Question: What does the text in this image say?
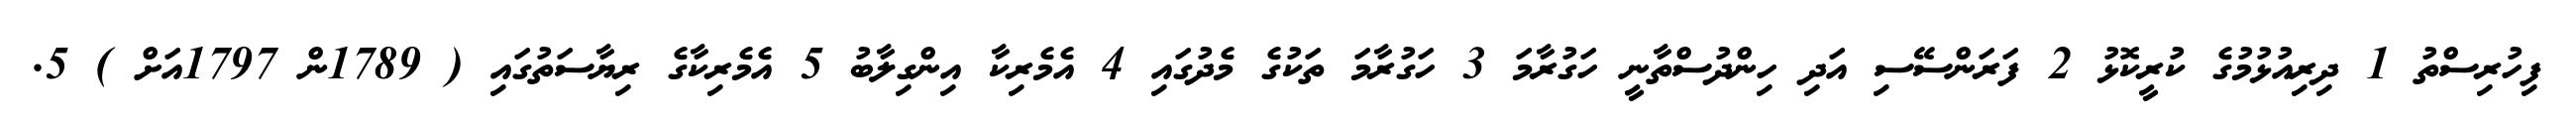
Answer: ފިހުރިސްތު 1 ދިރިއުޅުމުގެ ކުރީކޮޅު 2 ފަރަންސޭސި އަދި ހިންދުސްތާނީ ހަގުރާމަ 3 ހަގުރާމަ ތަކުގެ މެދުގައި 4 އެމެރިކާ އިންގިލާބު 5 އެމެރިކާގެ ރިޔާސަތުގައި ( 1789ން 1797އަށް ) 5.